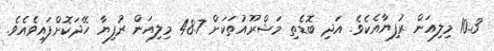
10.3 މިލިއަން ރުފިޔާއެކެވެ. އަދި ބޮޑެތި މަޝްރޫއުތަކަށް 48.7 މިލިއަން ރުފިޔާ ހޭދަކޮށްފައިވެއެވެ.